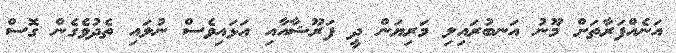
އަނެއްފަރާތަށް މޫނު އަނބުރައިލި މަރިޔަން ދީ ފަރޫޝާއާއި އަޅައިވެސް ނުލައި ތެދުވެގެން ގޮސް